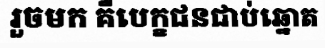
រួចមក គឺបេក្ខជនជាប់ឆ្នោត